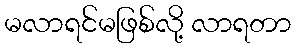
မလာရင်မဖြစ်လို့ လာရတာ